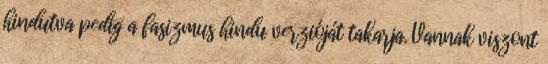
hindutva pedig a fasizmus hindu verzióját takarja. Vannak viszont